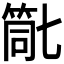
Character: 𮅗